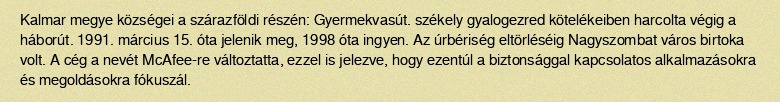
Kalmar megye községei a szárazföldi részén: Gyermekvasút. székely gyalogezred kötelékeiben harcolta végig a háborút. 1991. március 15. óta jelenik meg, 1998 óta ingyen. Az úrbériség eltörléséig Nagyszombat város birtoka volt. A cég a nevét McAfee-re változtatta, ezzel is jelezve, hogy ezentúl a biztonsággal kapcsolatos alkalmazásokra és megoldásokra fókuszál.